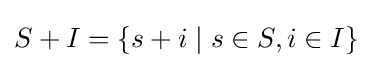
S+I=\{s+i\mid s\in S,i\in I\}